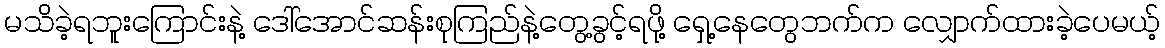
မသိခဲ့ရဘူးကြောင်းနဲ့ ဒေါ်အောင်ဆန်းစုကြည်နဲ့တွေ့ခွင့်ရဖို့ ရှေ့နေတွေဘက်က လျှောက်ထားခဲ့ပေမယ့်